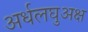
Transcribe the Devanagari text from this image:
अर्धलघुअक्ष